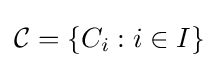
{\mathcal {C}}=\{C_{i}:i\in I\}